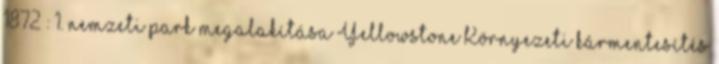
1872 : 1. nemzeti park megalakítása Yellowstone Környezeti kármentesítés